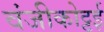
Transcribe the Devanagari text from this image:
वंजीकोट्टई